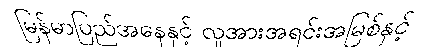
မြန်မာပြည်အနေနှင့် လူအားအရင်းအမြစ်နှင့်